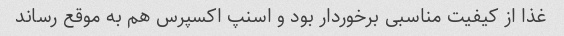
غذا از کیفیت مناسبی برخوردار بود و اسنپ اکسپرس هم به موقع رساند